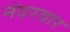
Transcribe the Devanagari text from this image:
नंदरवार